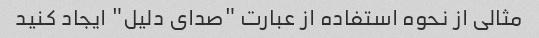
مثالی از نحوه استفاده از عبارت "صدای دلیل" ایجاد کنید